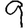
Digit: 9